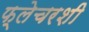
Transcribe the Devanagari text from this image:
फ्लेचरशी